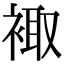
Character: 𧚥